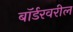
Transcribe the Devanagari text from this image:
बॉर्डरवरील